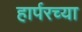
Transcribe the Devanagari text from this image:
हार्परच्या